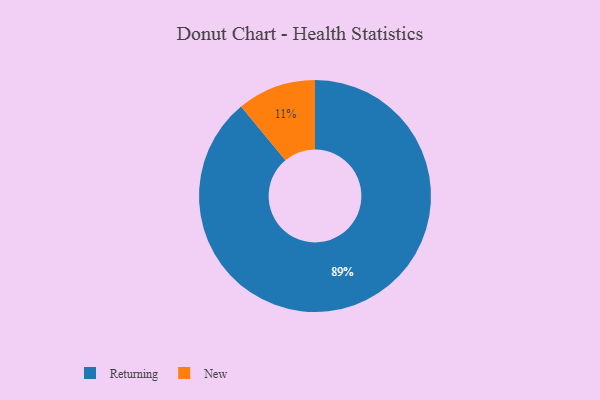
{"axis": {"x": "Category", "y": "Percentage"}, "legend": ["New", "Returning"], "data": [{"x": "New", "y": 11, "type": "New"}, {"x": "Returning", "y": 89, "type": "Returning"}]}